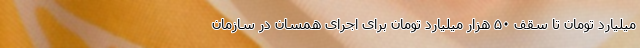
میلیارد تومان تا سقف ۵۰ هزار میلیارد تومان برای اجرای همسان در سازمان